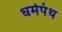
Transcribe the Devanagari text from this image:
धर्मपंथ